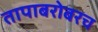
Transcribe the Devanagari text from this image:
तापाबरोबरच